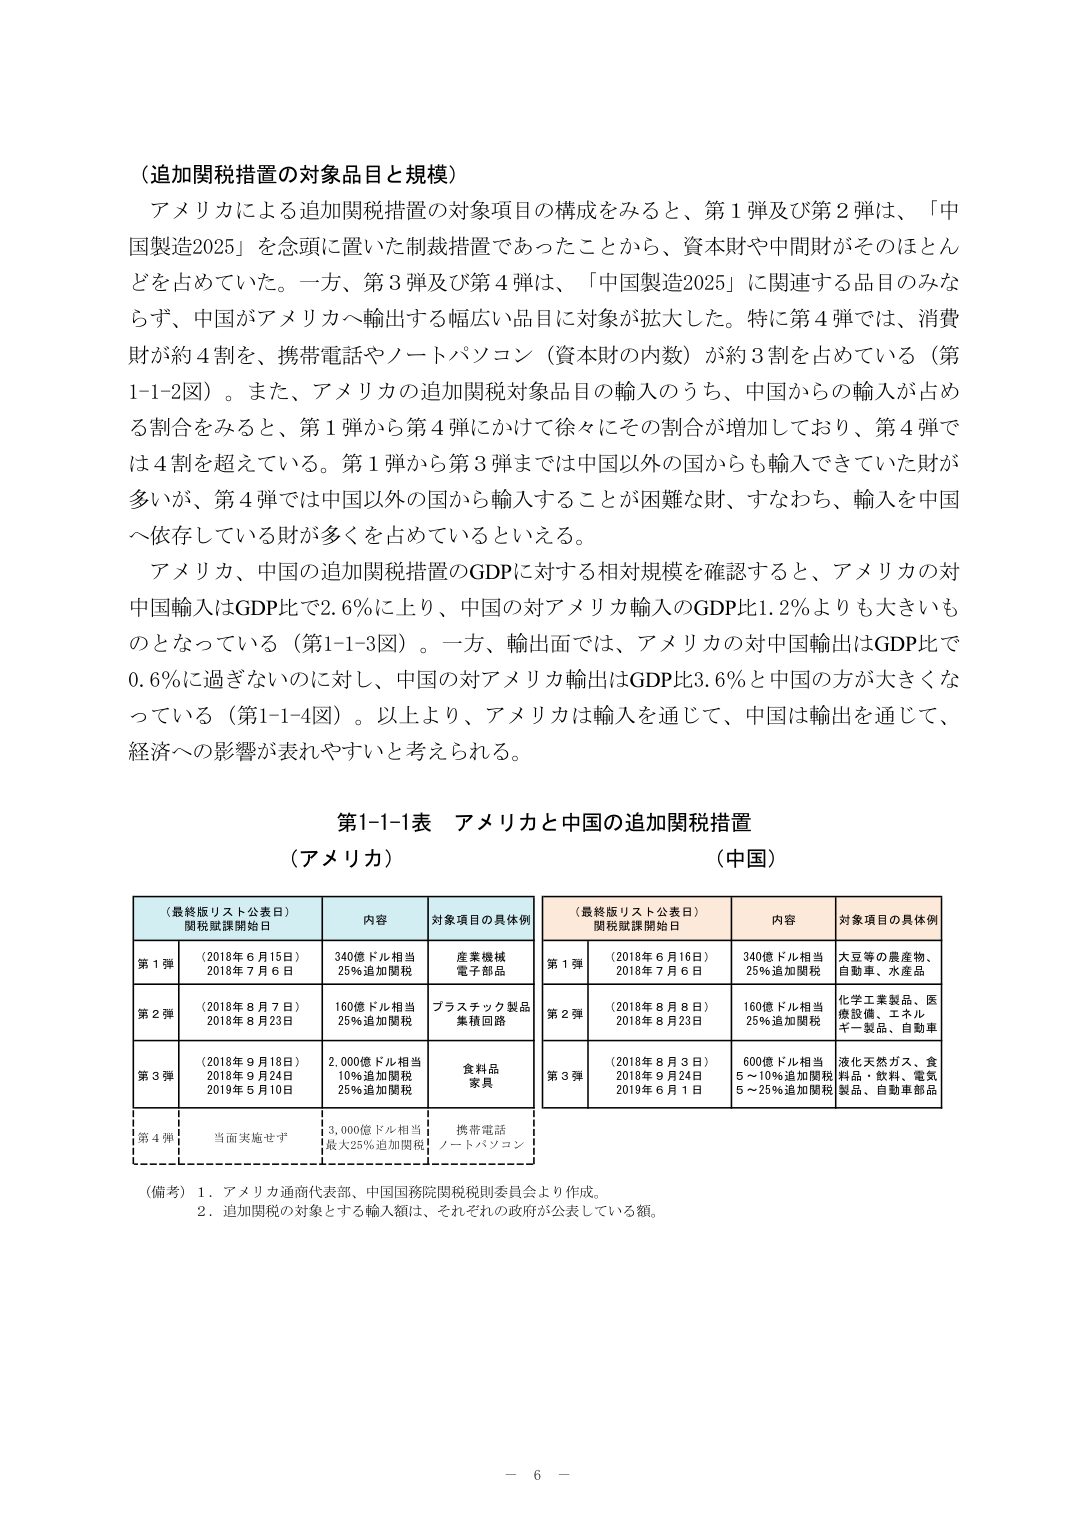
（追加関税措置の対象品目と規模）

アメリカによる追加関税措置の対象項目の構成をみると、第1弾及び第2弾は、「中国製造2025」を念頭に置いた制裁措置であったことから、資本財や中間財がそのほとんどを占めていた。一方、第3弾及び第4弾は、「中国製造2025」に関連する品目のみならず、中国がアメリカへ輸出する幅広い品目に対象が拡大した。特に第4弾では、消費財が約4割を、携帯電話やノートパソコン（資本財の内数）が約3割を占めている（第1-1-2図）。また、アメリカの追加関税対象品目の輸入のうち、中国からの輸入が占める割合をみると、第1弾から第4弾にかけて徐々にその割合が増加しており、第4弾では4割を超えている。第1弾から第3弾までは中国以外の国からも輸入できていた財が多いが、第4弾では中国以外の国から輸入することが困難な財、すなわち、輸入を中国へ依存している財が多くを占めているといえる。

アメリカ、中国の追加関税措置のGDPに対する相対規模を確認すると、アメリカの対中国輸入はGDP比で2.6％に上り、中国の対アメリカ輸入のGDP比1.2％よりも大きいものとなっている（第1-1-3図）。一方、輸出面では、アメリカの対中国輸出はGDP比で0.6％に過ぎないのに対し、中国の対アメリカ輸出はGDP比3.6％と中国の方が大きくなっている（第1-1-4図）。以上より、アメリカは輸入を通じて、中国は輸出を通じて、経済への影響が表れやすいと考えられる。

第1-1-1表 アメリカと中国の追加関税措置

（アメリカ）

（最終版リスト公表日）
関税賦課開始日　　内容　　　　　対象項目の具体例

第1弾　（2018年6月15日）　340億ドル相当　　産業機械
　　　　2018年7月6日　　　25％追加関税　　　電子部品

第2弾　（2018年8月7日）　160億ドル相当　　プラスチック製品
　　　　2018年8月23日　　　25％追加関税　　　集積回路

第3弾　（2018年9月18日）　2,000億ドル相当　食料品
　　　　2018年9月24日　　　10％追加関税　　　家具
　　　　2019年5月10日　　　25％追加関税

第4弾　当面実施せず　　　3,000億ドル相当　携帯電話
　　　　　　　　　　　　　最大25％追加関税　ノートパソコン

（中国）

（最終版リスト公表日）
関税賦課開始日　　内容　　　　　対象項目の具体例

第1弾　（2018年6月16日）　340億ドル相当　　大豆等の農産物、
　　　　2018年7月6日　　　25％追加関税　　　自動車、水産品

第2弾　（2018年8月8日）　160億ドル相当　　化学工業製品、医
　　　　2018年8月23日　　　25％追加関税　　　療設備、エネルギー製品、自動車

第3弾　（2018年8月3日）　600億ドル相当　　液化天然ガス、食
　　　　2018年9月24日　　　5～10％追加関税　料品・飲料、電気
　　　　2019年6月1日　　　5～25％追加関税　製品、自動車部品

（備考）1．アメリカ通商代表部、中国国務院関税税則委員会より作成。
　　　2．追加関税の対象とする輸入額は、それぞれの政府が公表している額。

－ 6 －